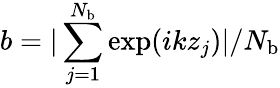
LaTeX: b=|\sum_{j=1}^{N_{\mathrm{b}}}\mathrm{exp}(ikz_{j})|/N_{\mathrm{b}}